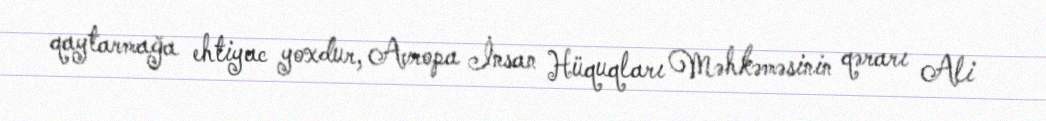
qaytarmağa ehtiyac yoxdur, Avropa İnsan Hüquqları Məhkəməsinin qərarı Ali